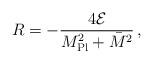
LaTeX: \begin{align*}R = -\frac{4 {\cal E}}{M_{\rm Pl}^2 + \bar{M}^2}\,,\end{align*}